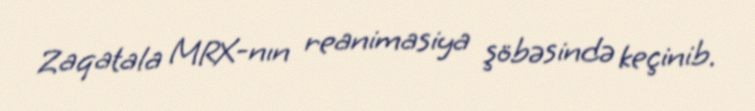
Zaqatala MRX-nın reanimasiya şöbəsində keçinib.